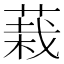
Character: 𮐅